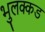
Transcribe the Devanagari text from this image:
भुलक्कड